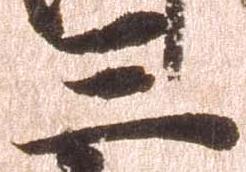
三